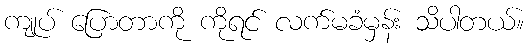
ကျုပ် ပြောတာကို ကိုရင် လက်မခံမှန်း သိပါတယ်။